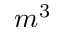
m ^ { 3 }